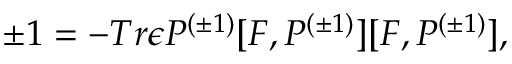
\pm 1 = - T r { \epsilon } P ^ { ( \pm 1 ) } [ F , P ^ { ( \pm 1 ) } ] [ F , P ^ { ( \pm 1 ) } ] ,